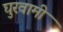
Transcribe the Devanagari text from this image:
घुरवामी